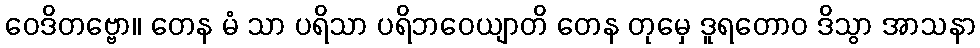
ဝေဒိတဗ္ဗော။ တေန မံ သာ ပရိသာ ပရိဘဝေယျာတိ တေန တုမှေ ဒူရတောဝ ဒိသွာ အာသနာ